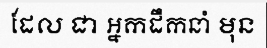
ដែល ជា អ្នកដឹកនាំ មុន